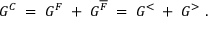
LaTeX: G ^ { C } \; = \; G ^ { F } \; + \; G ^ { \overline { { { F } } } } \; = \; G ^ { < } \; + \; G ^ { > } \; .